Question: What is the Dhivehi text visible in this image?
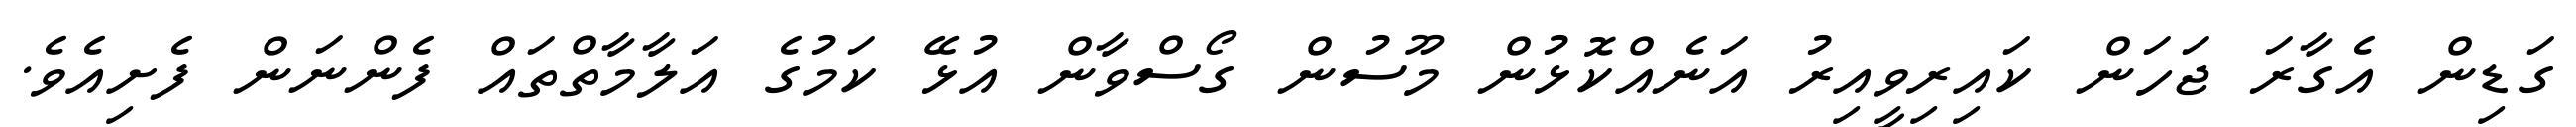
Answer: ގަޑިން އެގާރަ ޖަހަން ކައިރިވީއިރު އަނެއްކޮޅުން މޫސުން ގޯސްވާން އުޅޭ ކަމުގެ އަލާމާތްތައް ފެންނަން ފެށިއެވެ.